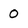
Character: 0